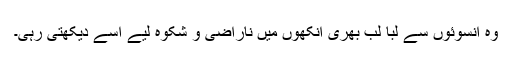
وہ آنسوئوں سے لبا لب بھری آنکھوں میں ناراضی و شکوہ لیے اسے دیکھتی رہی۔